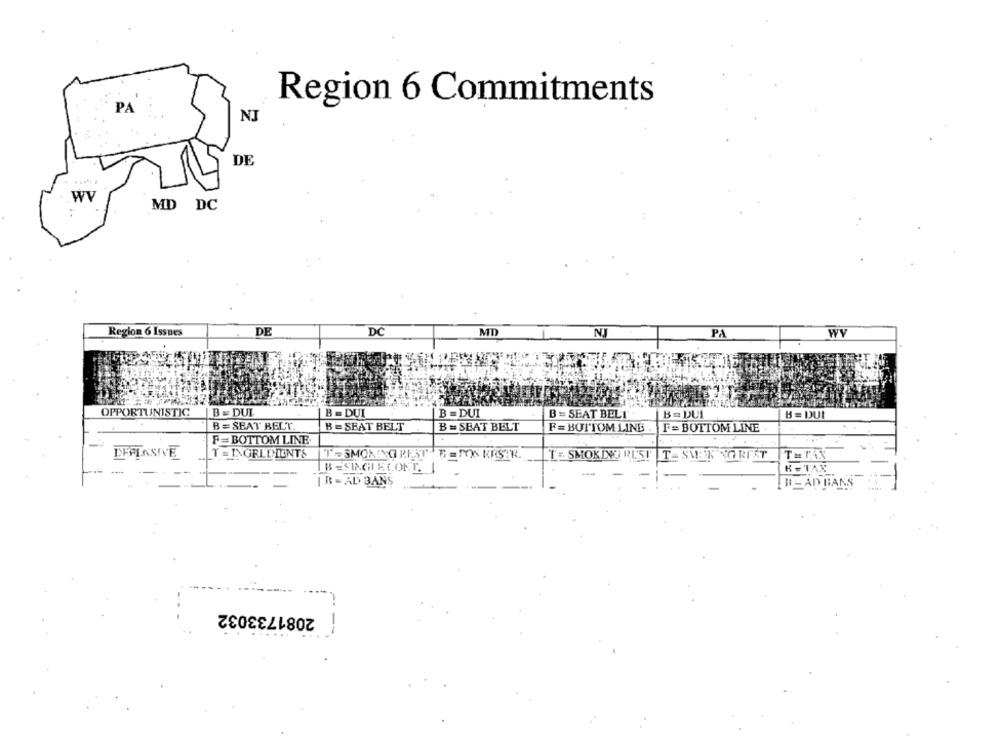
Region 6 Commitments
PA
NJ
DE
.WY
MD DC
Region 6 Issues
DE
DC
MD
NJ
PA
WY
OPPORTUNISTIC
B = DUL
B = DUI
B = DUI
B = SEAT BELI
B = DUL
B = DUI
B = SEAT BELT
B = SEAT BELT
B = SEAT BELT
F= BOTTOM LINE
F = BOTTOM LINE
F =BOTTOM LINE
DEFENSIVE
-
T = INGREDIENTS
I - SMOKING REST B = PON KRSTR.
T = SMOKING RUS!
T- SMER NO RIET
K=TAX
LB =SINGHIECONT. 1
--
| B = AD BAN
HI - AD BANS
2081733032
--